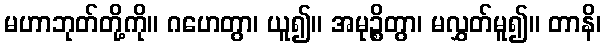
မဟာဘုတ်တို့ကို။ ဂဟေတွာ၊ ယူ၍။ အမုဉ္စိတွာ၊ မလွှတ်မူ၍။ တာနိ၊